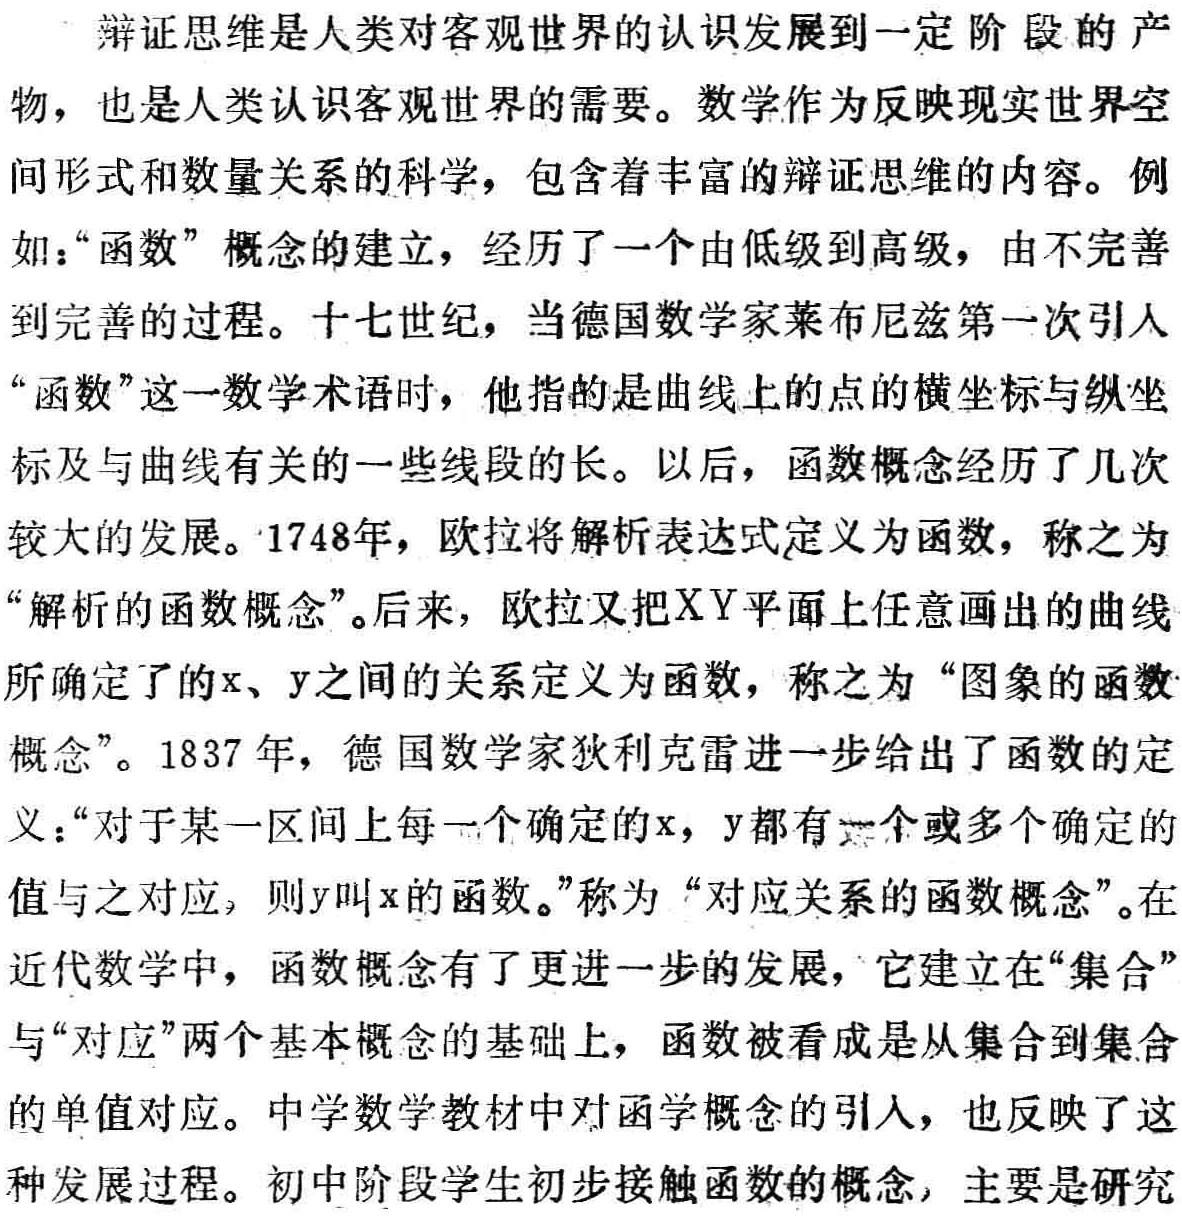
辩证思维是人类对客观世界的认识发展到一定阶段的产物，也是人类认识客观世界的需要。数学作为反映现实世界空间形式和数量关系的科学，包含着丰富的辩证思维的内容。例如：“函数”概念的建立，经历了一个由低级到高级，由不完善到完善的过程。十七世纪，当德国数学家莱布尼兹第一次引人“函数”这一数学术语时，他指的是曲线上的点的横坐标与纵坐标及与曲线有关的一些线段的长。以后，函数概念经历了几次较大的发展。1748年，欧拉将解析表达式定义为函数，称之为“解析的函数概念”。后来，欧拉又把XY平面上任意画出的曲线所确定了的x、y之间的关系定义为函数，称之为“图象的函数概念”。1837年，德国数学家狄利克雷进一步给出了函数的定义：“对于某一区间上每一个确定的x，y都有一个或多个确定的值与之对应，则y叫x的函数。”称为“对应关系的函数概念”。在近代数学中，函数概念有了更进一步的发展，它建立在“集合”与“对应”两个基本概念的基础上，函数被看成是从集合到集合的单值对应。中学数学教材中对函学概念的引入，也反映了这种发展过程。初中阶段学生初步接触函数的概念，主要是研究